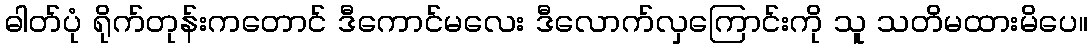
ဓါတ်ပုံ ရိုက်တုန်းကတောင် ဒီကောင်မလေး ဒီလောက်လှကြောင်းကို သူ သတိမထားမိပေ။